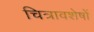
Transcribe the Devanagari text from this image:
चित्रावशेषों